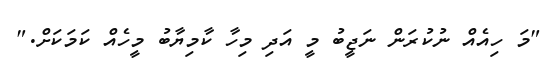
"މަ ހިއެއް ނުކުރަން ނަޖީބު މީ އަދި މިހާ ކާމިޔާބު މީހެއް ކަމަކަށް."